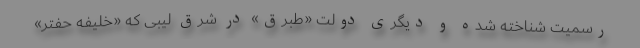
رسمیت شناخته شده و دیگری دولت «طُبرُق» در شرق لیبی که «خلیفه حفتر»